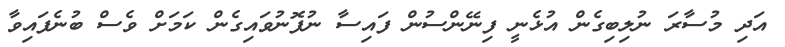
އަދި މުސާރަ ނުލިބިގެން އުޅެނީ ފިނޭންސުން ފައިސާ ނުފޮނުވައިގެން ކަމަށް ވެސް ބުނެފައިވާ